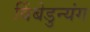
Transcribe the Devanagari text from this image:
विंबेडुन्यंग